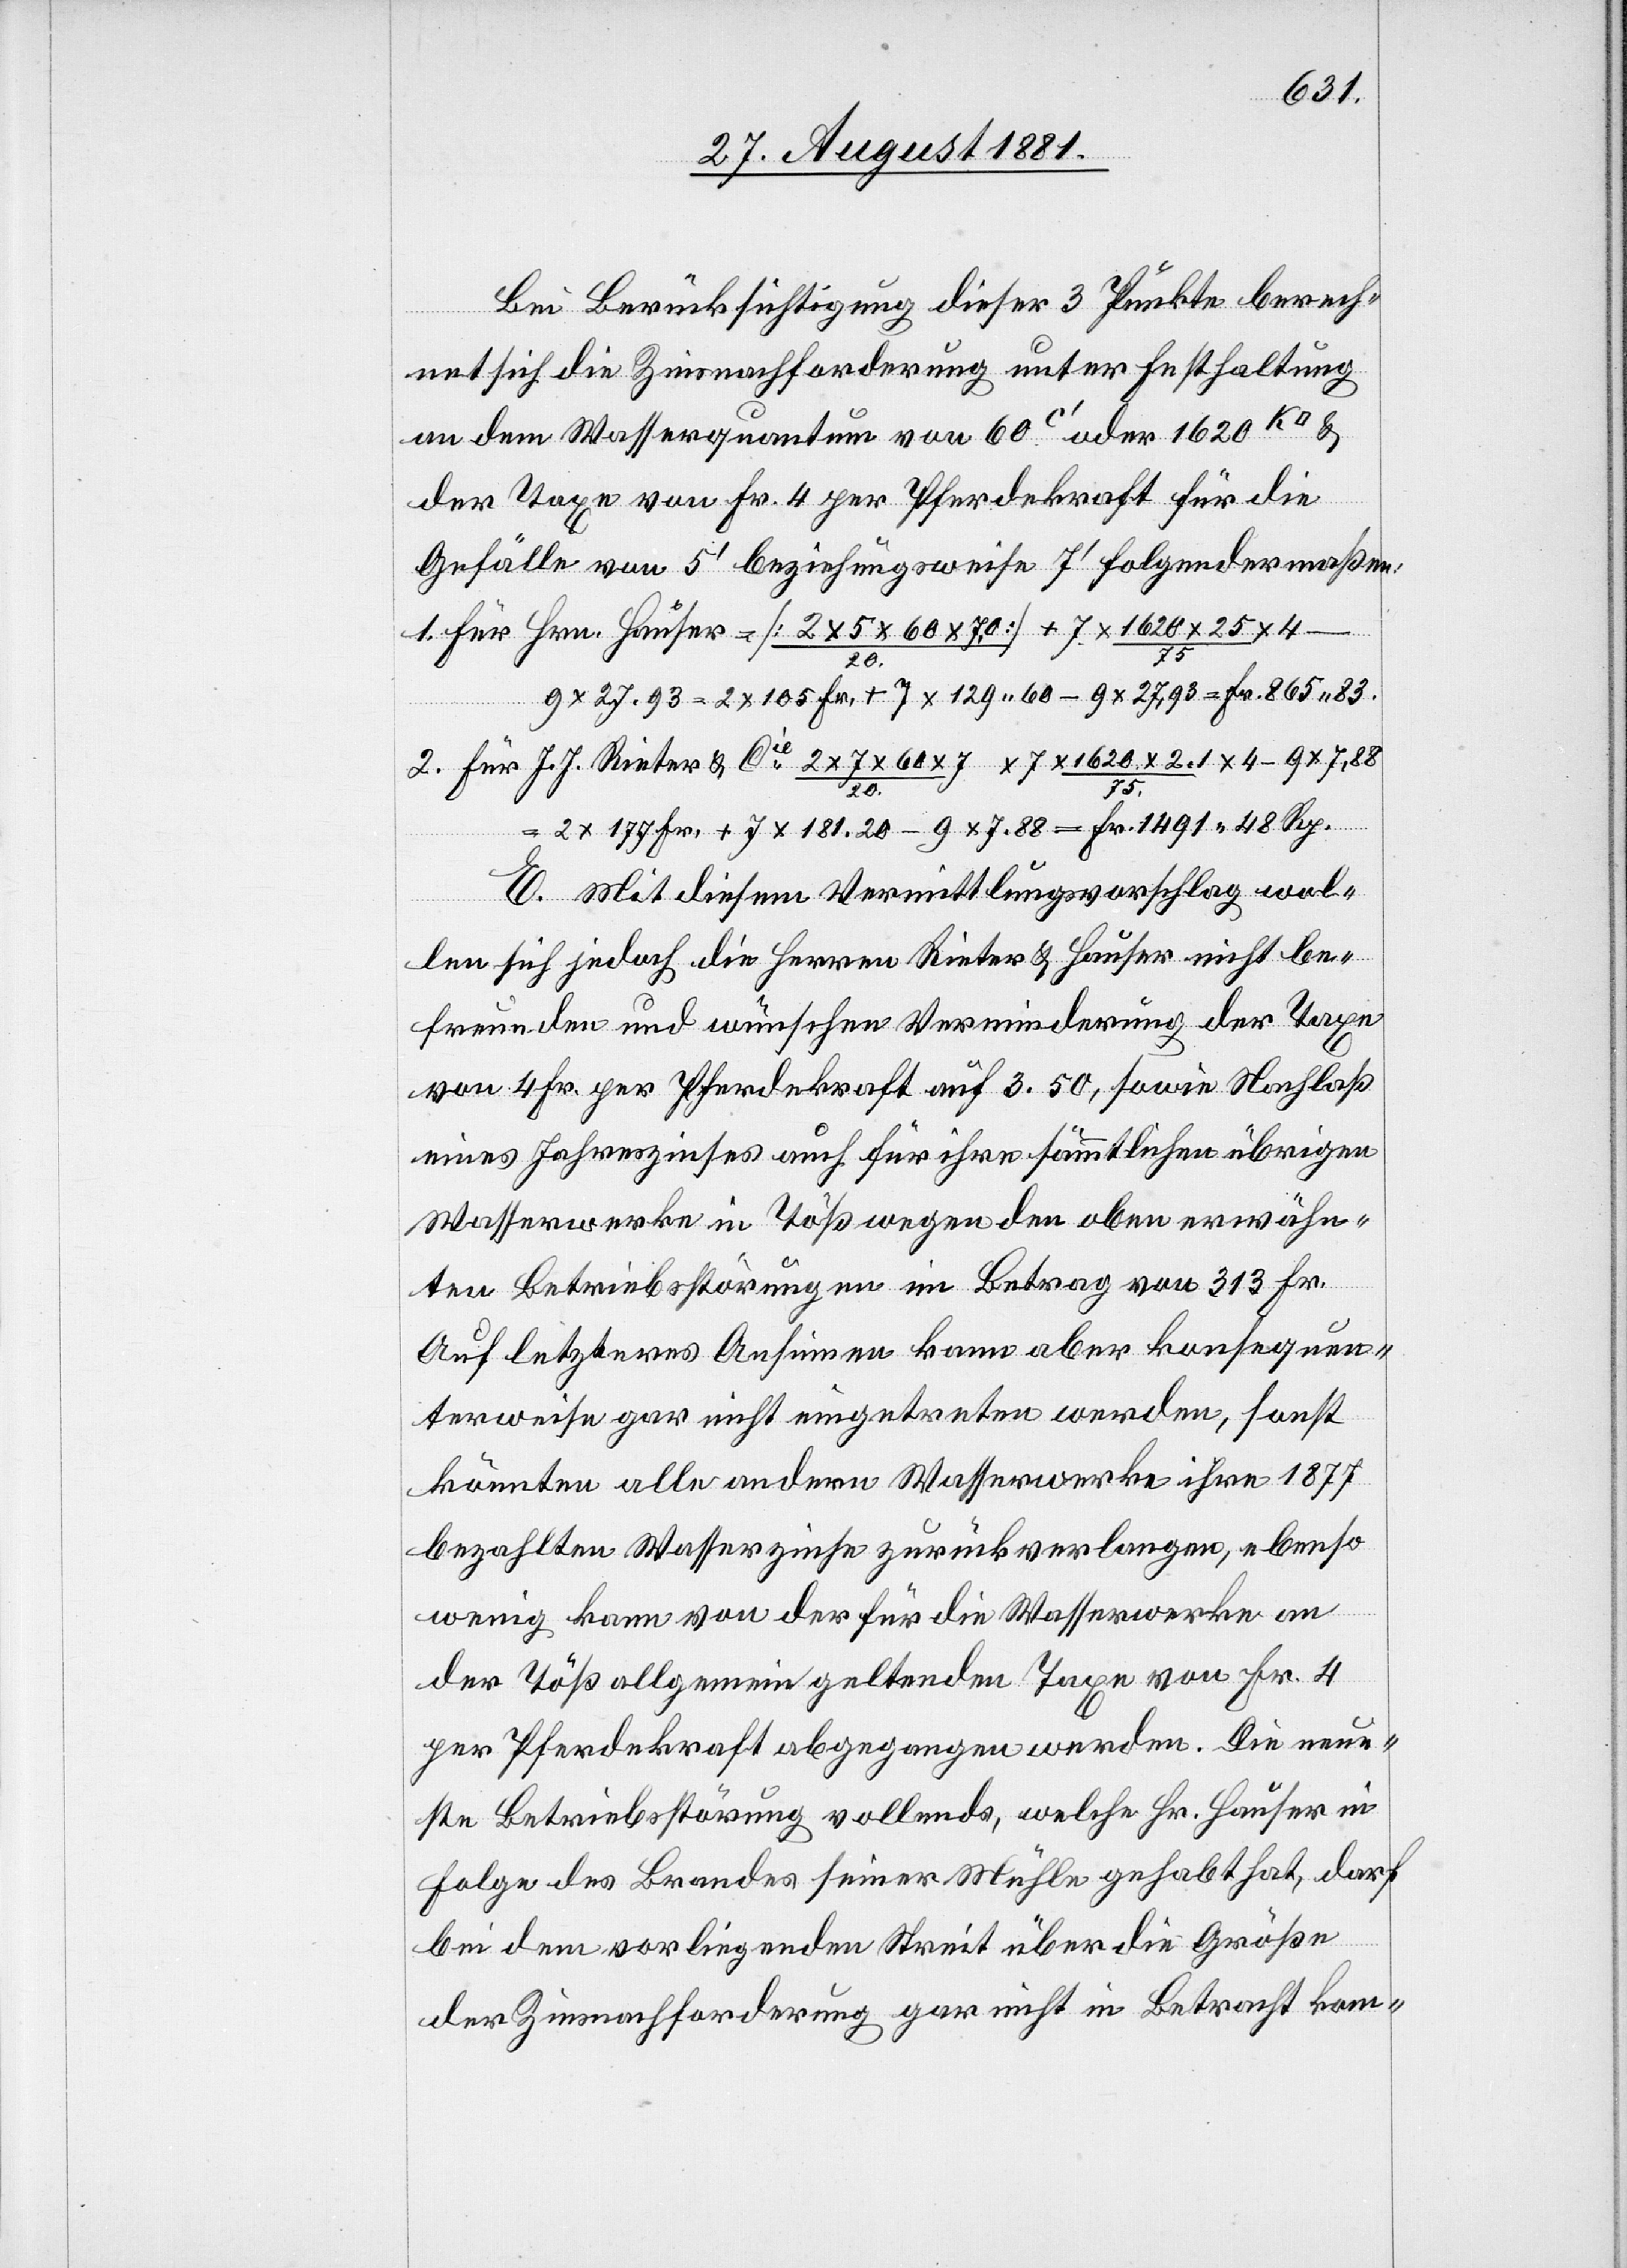
Bei Berücksichtigung dieser 3 Punkte berech¬
net sich die Zinsnachforderung unter Festhaltung
an dem Wasserquantum von 60c‘ oder 1620
der Taxe von Fr. 4 per Pferdekraft für die
Gefälle von 5‘ beziehungsweise 7‘ folgendermaßen:
1. Für Hrn. Hauser = [2 x 5 x 60 x 7,0/20.] + 7 x 1620 x 25/75
4
x 27,93 = 2 x 105 Fr. + 7 x 129 60 = 9 x 27,93 = Fr. 865 83.
2. Für J. J. Rieter & Cie 2 x 7 x 60 x 7/20. x 7 x 1620 x 2,1/75 x 4 – 9 x 7,88
=
2 x 177 Fr. + 7 x 181,20 - 9 x 7,88 = Fr. 1491 48 Rp.
E. Mit diesem Vermittlungsvorschlag wol¬
len sich jedoch die Herren Rieter & Hauser nicht be¬
freunden und wünschen Verminderung der Taxe
von 4 Fr. per Pferdekraft auf 3,50, sowie Nachlaß
eines Jahreszinses auch für ihre sämmtlichen übrigen
Wasserwerke in Töß wegen den oben erwähn¬
ten Betriebsstörungen im Betrag von 313 Fr.
Auf letzteres Ansinnen kann aber konsequen¬
terweise gar nicht eingetreten werden, sonst
könnten alle andern Wasserwerke ihre 1877
bezahlten Wasserzinse zurückverlangen, ebenso
wenig kann von der für die Wasserwerke an
der Töß allgemein geltende Taxe von Fr. 4
per Pferdekraft abgegangen werden. Die neue¬
ste Betriebsstörung vollends, welche Hr. Hauser in
Folge des Brandes seiner Mühle gehabt hat, darf
bei dem vorliegenden Streit über die Größe
der Zinsforderung gar nicht in Betracht kom-